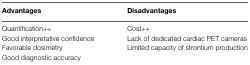
<table><thead><tr><td><b>Advantages</b></td><td><b>Disadvantages</b></td></tr></thead><tbody><tr><td>Quantification++</td><td>Cost++</td></tr><tr><td>Good interpretative confidence</td><td>Lack of dedicated cardiac PET cameras</td></tr><tr><td>Favorable dosimetry</td><td>Limited capacity of strontium production</td></tr><tr><td>Good diagnostic accuracy</td><td>[EMPTY_CELL]</td></tr></tbody></table>